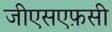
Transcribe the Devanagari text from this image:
जीएसएफ़सी